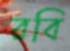
রবি